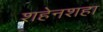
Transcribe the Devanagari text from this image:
शहेनशहा